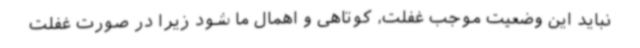
نباید این وضعیت موجب غفلت، کوتاهی و اهمال ما شود زیرا در صورت غفلت